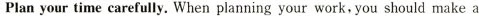
Plan your time carefully. When planning your work,you should make a